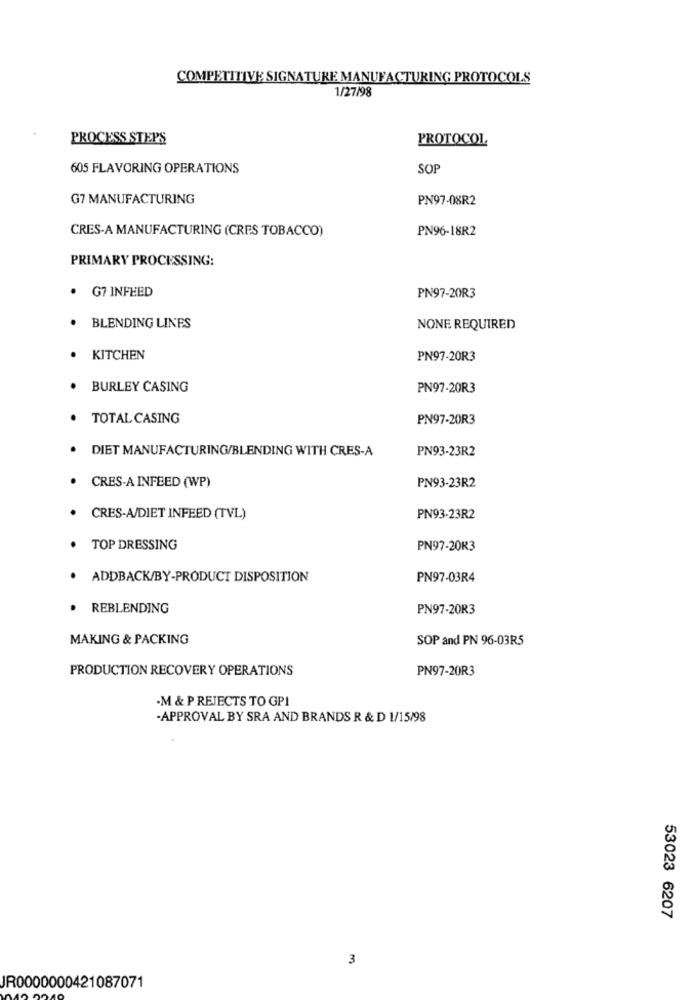
COMPETITIVE SIGNATURE MANUFACTURING PROTOCOLS
1/27/98
PROCESS STEPS
PROTOCOL
605 FLAVORING OPERATIONS
SOP
G7 MANUFACTURING
PN97-08R2
CRES-A MANUFACTURING (CRES TOBACCO)
PN96-18R2
PRIMARY PROCESSING:
G7 INFEED
PN97-20R3
BLENDING LINES
NONE REQUIRED
KITCHEN
PN97-20R3
BURLEY CASING
PN97-20R3
TOTAL CASING
PN97-20R3
DIET MANUFACTURING/BLENDING WITH CRES-A
PN93-23R2
CRES-A INFEED (WP)
PN93-23R2
CRES-A/DIET INFEED (TVL)
PN93-23R2
TOP DRESSING
PN97-20R3
ADDBACK/BY-PRODUCT DISPOSITION
PN97-03R4
REBLENDING
PN97-20R3
MAKING & PACKING
SOP and PN 96-03R5
PRODUCTION RECOVERY OPERATIONS
PN97-20R3
.M & P REJECTS TO GPI
-APPROVAL BY SRA AND BRANDS R & D 1/15/98
53023 6207
3
JR0000000421087071